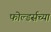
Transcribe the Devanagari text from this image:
फोल्डर्सच्या